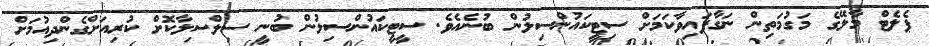
ޕެލެޓް މާލޭގެ މަގުމަތިން ނަގާފައިވާކަމަށް ސިޓީކައުންސިލުން ބުނެއެވެ. ސީޓީކައުންސިލުން ބުނީ ސިލްސިލާކޮށް ކުރިއަށްގެންދިއުމަށް